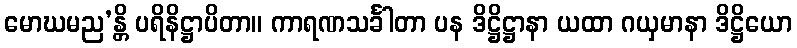
မောဃမည’န္တိ ပရိနိဋ္ဌာပိတာ။ ကာရဏသင်္ခါတာ ပန ဒိဋ္ဌိဋ္ဌာနာ ယထာ ဂယှမာနာ ဒိဋ္ဌိယော